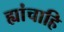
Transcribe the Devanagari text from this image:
ह्यांचाहि